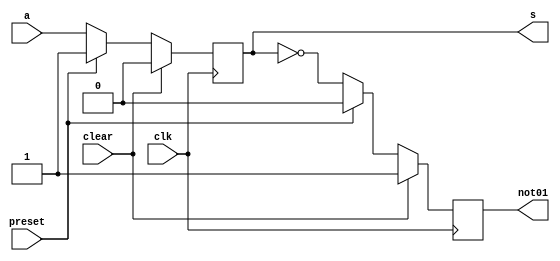
// ------------------------- 
// fliflop.v  
// Nome: Lorena Danielle Gonalves Bento 
// ------------------------- 

//-------------
//--Circuitos sequenciais - Flip-Flops 
//-------------

module fliflop ( s,not01,a,clk,preset,clear);

output s, not01;
input a, clk, preset, clear;

reg s, not01;

always @( posedge clk )
begin
 if ( clear == 1 )
  begin
   s <= 0; 	not01 <= 1;
  end
 else
  begin
 if ( preset == 1 )
  begin
   s <= 1; 	not01 <= 0;
  end
 else
  begin
   s <= a; 	not01 <= ~s;
  end
  end
end

endmodule //--fliflop


//-------------teste module
module test_flilop;

reg data;
reg clk;
reg preset, clear;
wire a01;
wire a02;
wire a03;
wire b;

fliflop flip01  (a01, b, b, clk, preset, clear );
fliflop flip02  (a02, b, c, clk, preset, clear );
fliflop flip03  (a03, b, d, clk, preset, clear );


initial begin
	$display("Flip-Flop - Lorena Danielle Gonalves Bento - 435049");
	
	data = 1; clk = 1; preset = 0; clear = 1;
#1	$display("\n%b %b %b %b %b",a01 , a02, a03);
	data = 0; clk = 2; preset = 0; clear = 0;
#1	$display("\n%b %b %b %b %b",a01,a02,a03);
	data = 1; clk = 3;


end

endmodule // test_fliflop